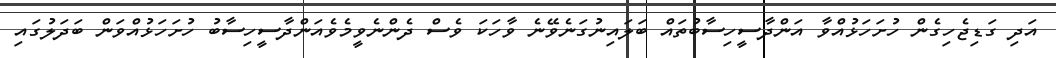
އަދި ގަޑިޖެހިގެން ހުށަހަޅުއްވާ އަންދާސީހިސާބުތައް ބަލައިނުގަނެވޭނެ ވާހަކަ ވެސް ދެންނެވީމެވެއަންދާސީހިސާބު ހުށަހަޅުއްވަން ބަދަލުގައި